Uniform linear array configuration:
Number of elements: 16
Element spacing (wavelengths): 0.5
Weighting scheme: binomial
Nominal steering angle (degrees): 30
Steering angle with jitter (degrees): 29.585
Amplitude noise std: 0.05
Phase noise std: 0.05

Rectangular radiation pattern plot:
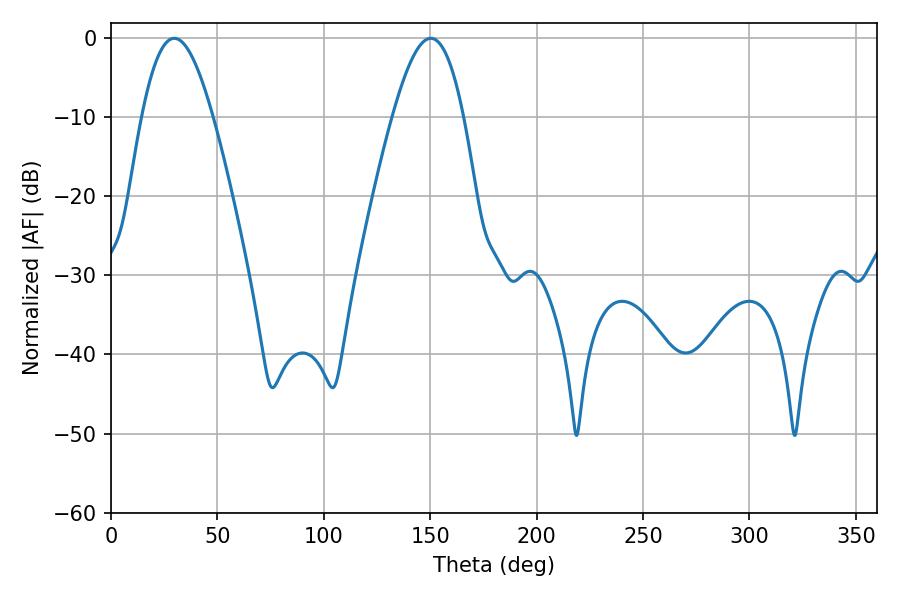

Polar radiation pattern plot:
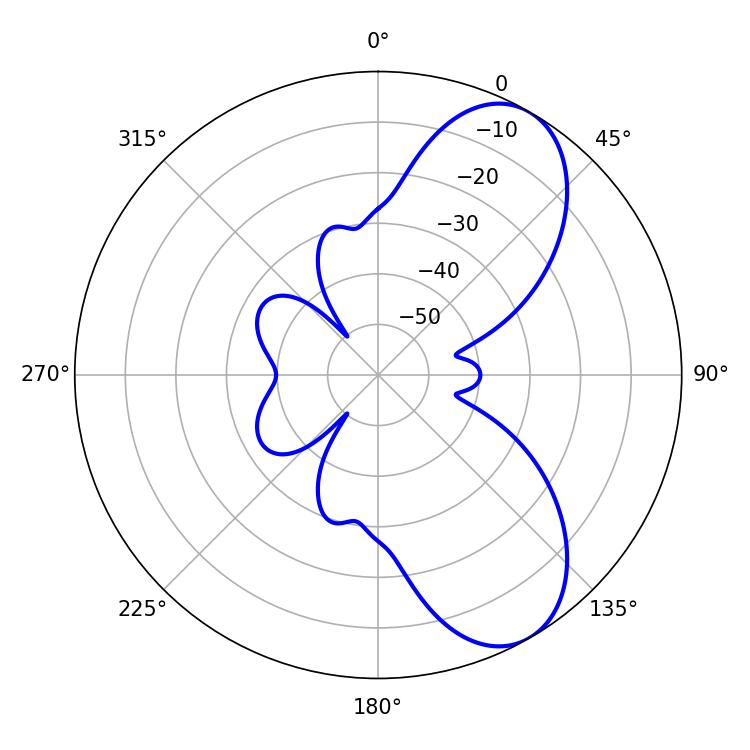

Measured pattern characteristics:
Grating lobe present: FALSE
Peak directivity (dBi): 7.636
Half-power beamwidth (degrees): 18.18
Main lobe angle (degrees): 29.7